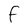
Character: F